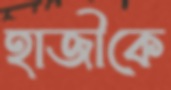
হাজীকে